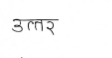
मजकूर: उत्तर